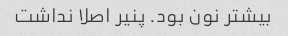
بیشتر نون بود. پنیر اصلا نداشت